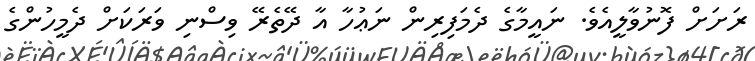
ރަށަށް ފޮނުވާލީއެވެ. ނައީމާގެ ދެމަފިރިން ނަޢުހާ އާ ދޭތެރޭ ވިސްނި ވަރަކަށް ދެމީހުންގެ